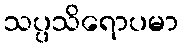
သပ္ပသိရောပမာ